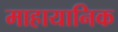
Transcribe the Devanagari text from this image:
माहायानिक